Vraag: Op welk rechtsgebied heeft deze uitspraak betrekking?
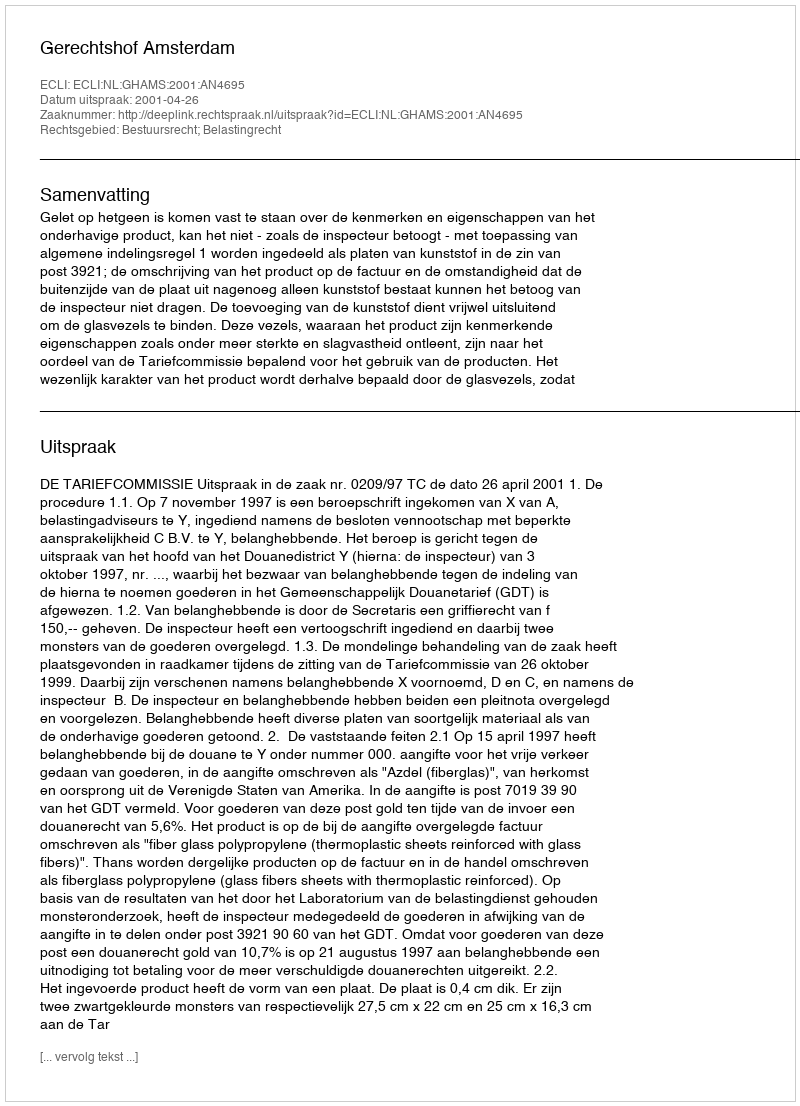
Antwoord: Bestuursrecht; Belastingrecht